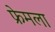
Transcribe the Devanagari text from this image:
फ्रेमला